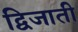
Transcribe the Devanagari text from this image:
द्विजाती